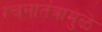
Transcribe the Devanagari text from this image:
रचनातंत्रामुळे